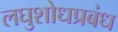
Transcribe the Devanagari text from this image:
लघुशोधप्रबंध